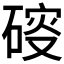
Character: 𥔑